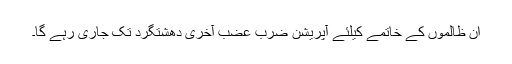
ان ظالموں کے خاتمے کیلئے آپریشن ضرب عضب آخری دھشتگرد تک جاری رہے گا۔